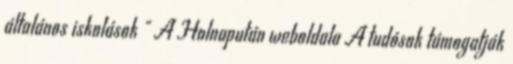
általános iskolások " A Holnapután weboldala A tudósok támogatják